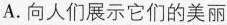
A.向人们展示它们的美丽